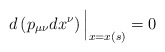
\begin{align*}d\left( p_{\mu\nu}dx^\nu\right)\Big\vert_{x=x(s)}=0\end{align*}